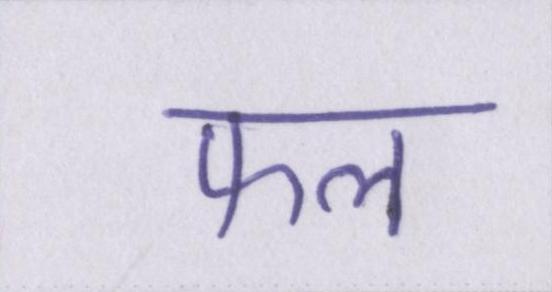
फल